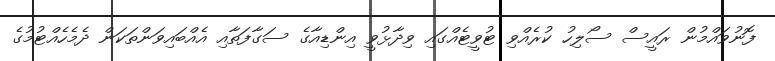
ފޮނުވައްމުން ރައީސް ސޯލިހު ކުރެއްވި ޓުވީޓެއްގައި ވިދާޅުވީ އިންޑިއާގެ ސަގާފަތާއި އެއްބައިވަންތަކަން ދެމެހެއްޓުމުގެ